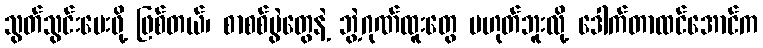
သွတ်သွင်းပေးဖို့ ဖြစ်တယ်၊ စာစစ်ပွဲတွေနဲ့ ဘွဲ့ဂုဏ်ထူးတွေ မဟုတ်ဘူးလို့ ဒေါက်တာထင်အောင်က